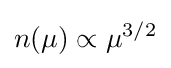
n(\mu )\propto \mu ^{3/2}